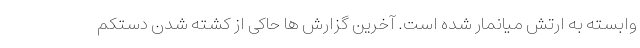
وابسته به ارتش میانمار شده است. آخرین گزارش ها حاکی از کشته شدن دستکم